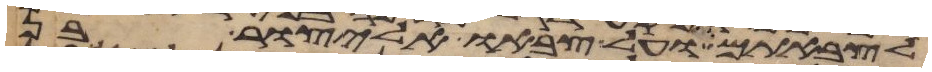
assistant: לצבאתם ועל צבאו אליצור בן